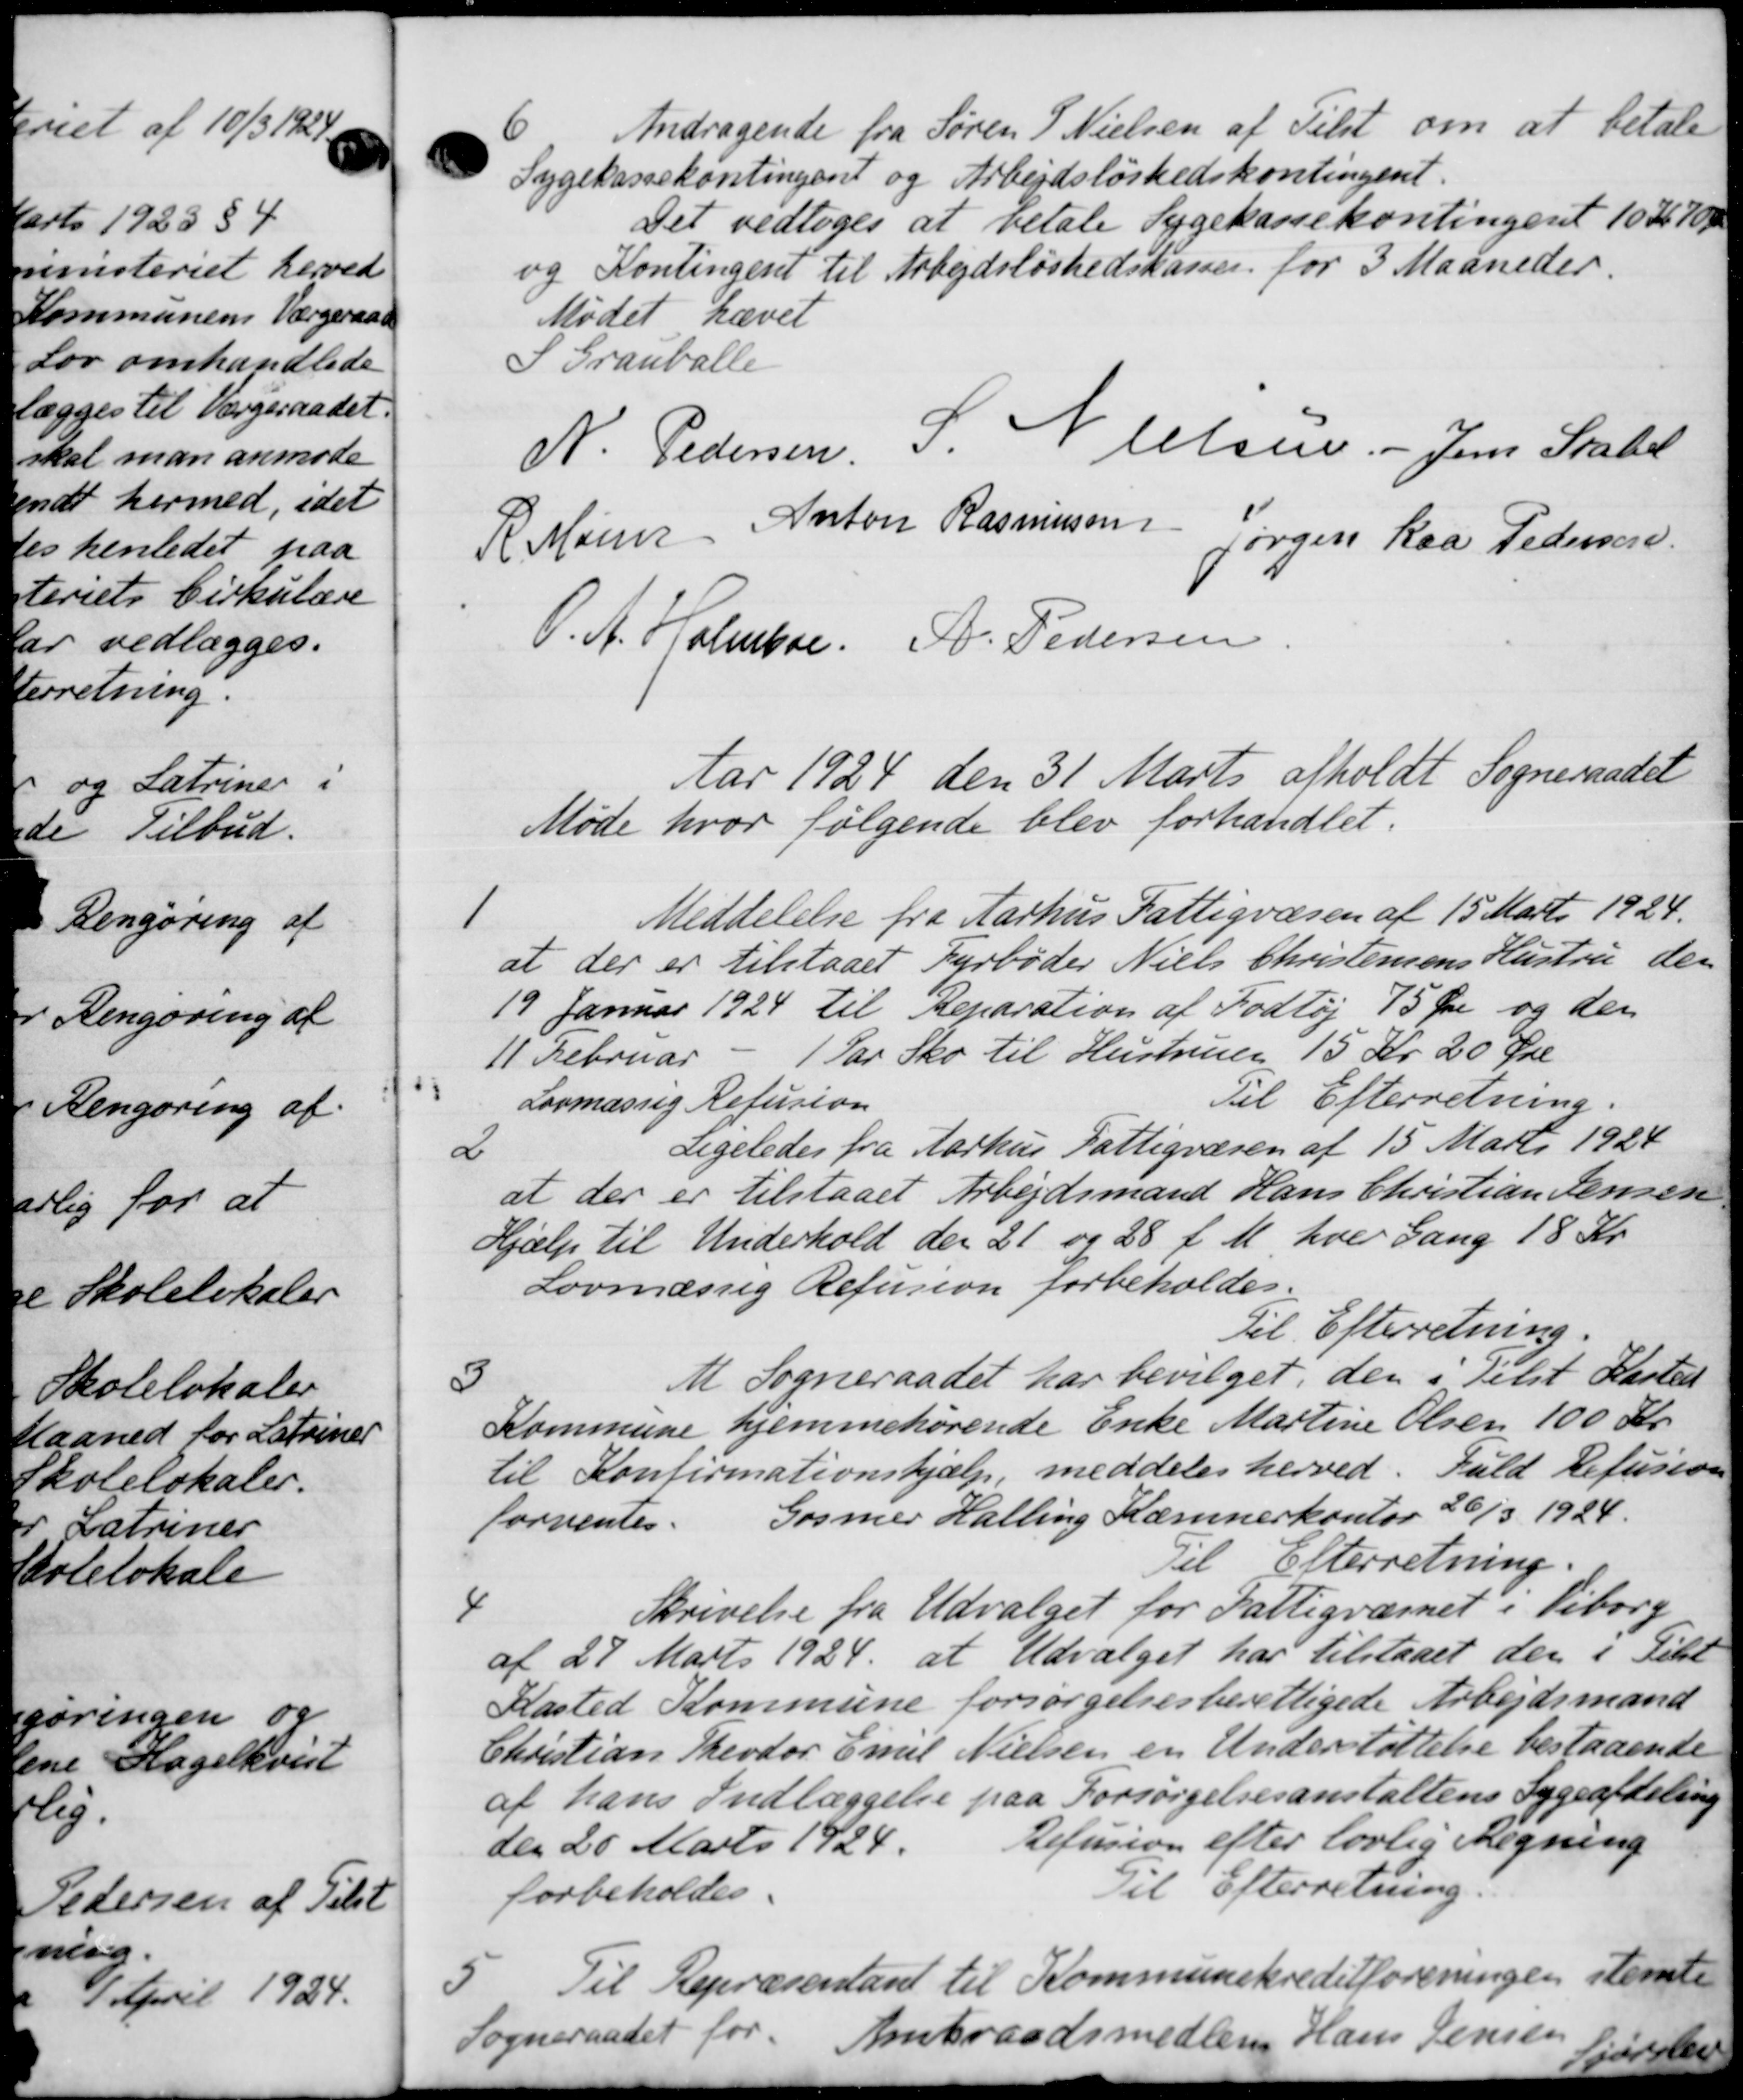
Transskription:
6
Andragende fra Søren P. Nielsen af Tilst om at betale
Sygekassekontingent og Arbejdsløshedskontingent.
Det vedtoges at betale Sygekassekontingent 10 Kr. 70 Ør
og Kontingent til Arbejdsløshedskassen for 3 Maaneder.
Mødet hævet
S Grauballe
N. Pedersen P. Olsen. - Jens Skabel
R Møen Anton Rasmussen
Jørgen Raa Pedersen
P. A. Holmboe A. Pedersen
Aar 1924 den 31 Marts afholdt Sogneraadet
Møde hvor følgende blev forhandlet.
1
Meddelelse fra Aarhus Fattigvæsen af 15 Marts 1924.
at der er tilstaaet Fyrbøder Niels Christensens Hustru, der
19 Januar 1924 til Reparation af Fodtøj 75 Øre og den
11 Februar - 1 Par Sko til Hustruen 15 Kr 20 Øre
Lovmæssig Refusion
Til Efterretning.
2
Ligeledes fra Aarhus Fattigvæsen af 15 Marts 1924
at der er tilstaaet Arbejdsmand Hans Christian Jensen
Hjælp til Underhold den 21 og 28 f. M. hver Gang 18 Kr.
Lovmæssig Refusion forbeholdes.
Til Efterretning
3
At Sogneraadet har bevilget, den i Tilst Karten
Kommune hjemmehørende Enke Martine Olsen 100 Kr.
til Konfirmationshjælp, meddeles herved. Fuld Refusion
forventes.
Gosmer Halling Kæmnerkontor 20/3 1924.
Til Efterretning.
4
Skrivelse fra Udvalget for Fattigvæsnet i Viborg
af 27 Marts 1924 at Udvalget har tilstaaet der i Febr
Kasted Kommune forsørgelsesberettigede Arbejdsmand
Christian Theodor Emil Nielsen en Understøttelse bestaaende
af hans Indlæggelse paa Forsørgelsesanstaltens Sygeafdeling
den 20 Marts 1924.
Refusion efter lovlig Regning
forbeholdes.
Til Efterretning
5
Til Repræsentant til Kommunekreditforeningen stemte
Sogneraadet for
Amtsraadsmedlem Hans Jensen første